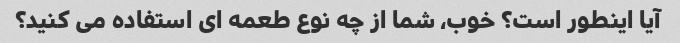
آیا اینطور است؟ خوب، شما از چه نوع طعمه ای استفاده می کنید؟